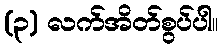
(၃) လက်အိတ်စွပ်ပါ။